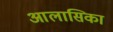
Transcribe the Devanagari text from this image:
आलासिका